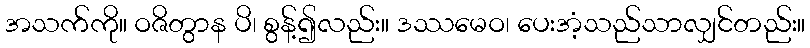
အသက်ကို။ ဝဇိတွာန ပိ၊ စွန့်၍လည်း။ ဒဿမေဝ၊ ပေးအံ့သည်သာလျှင်တည်း။